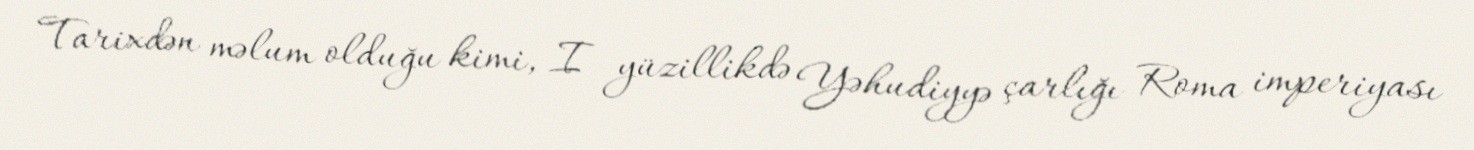
Tarixdən məlum olduğu kimi, I yüzillikdə Yəhudiyyə çarlığı Roma imperiyası